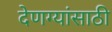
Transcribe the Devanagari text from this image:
देणग्यांसाठी